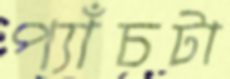
প্যাঁচটা